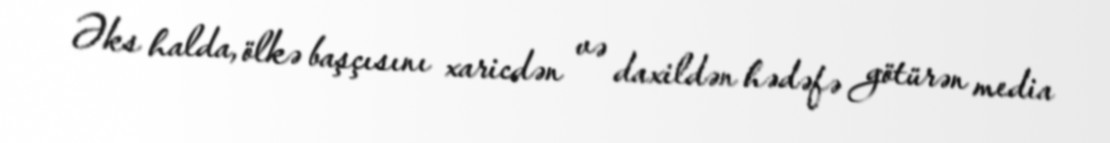
Əks halda, ölkə başçısını xaricdən və daxildən hədəfə götürən media